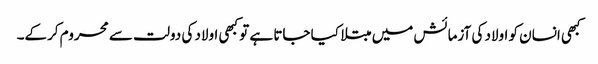
کبھی انسان کو اولاد کی آزمائش میں مبتلا کیا جاتا ہے تو کبھی اولاد کی دولت سے محروم کرکے۔